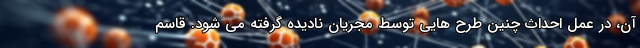
آن، در عمل احداث چنین طرح هایی توسط مجریان نادیده گرفته می شود. قاسم